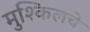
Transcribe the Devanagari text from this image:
मुश्किलचे